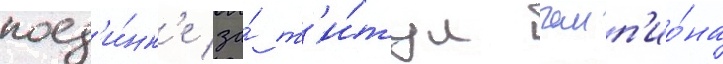
поед'и́нк'е за́ т'и́тул чемп'ио́на